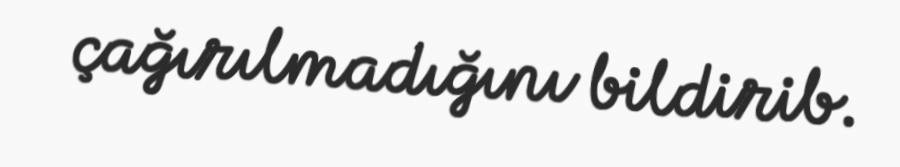
çağırılmadığını bildirib.